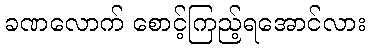
ခဏလောက် စောင့်ကြည့်ရအောင်လား